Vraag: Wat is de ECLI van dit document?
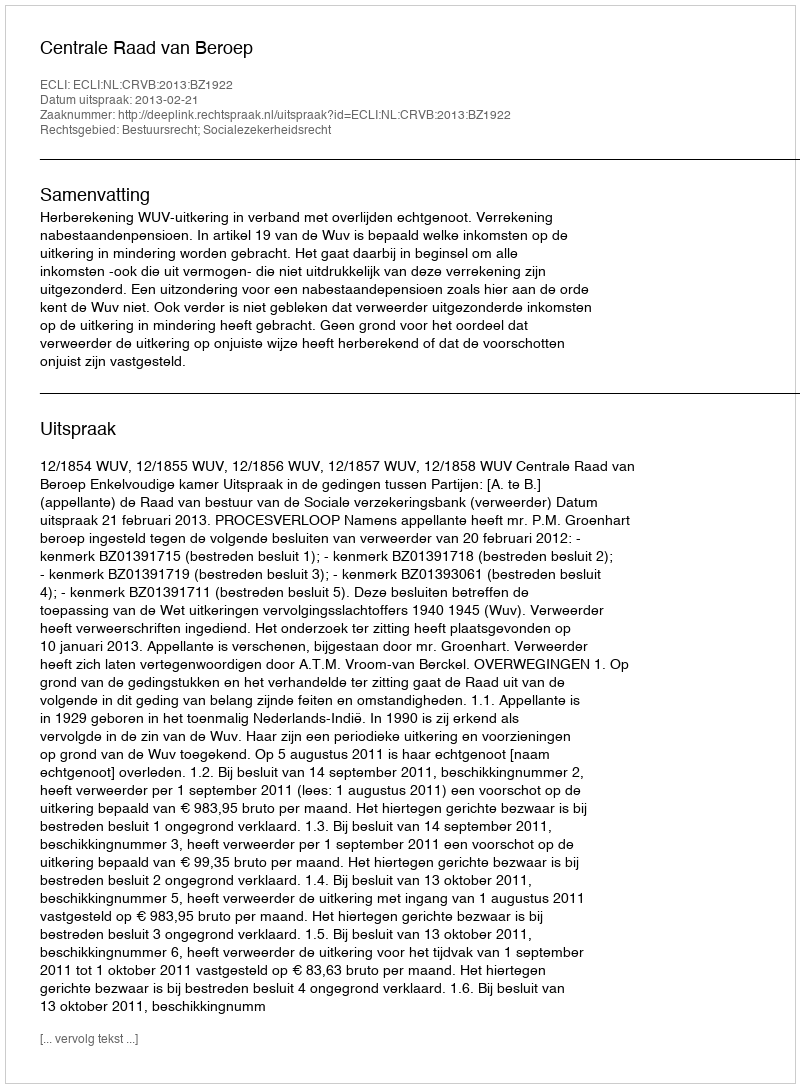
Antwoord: ECLI:NL:CRVB:2013:BZ1922